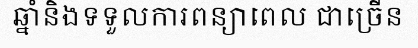
ឆ្នាំនិងទទួលការពន្យាពេល ជាច្រើន